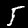
Label: 5